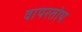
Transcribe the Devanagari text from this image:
वापरतोय